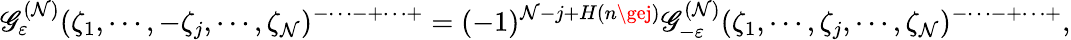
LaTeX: \mathscr{G}_{\varepsilon}^{(\mathcal{N})}(\zeta_{1},\cdots,-\zeta_{j},\cdots,\zeta_{\mathcal{N}})^{-\cdots-+\cdots+}=(-1)^{\mathcal{N}-j+H(n\gej)}\mathscr{G}_{-\varepsilon}^{(\mathcal{N})}(\zeta_{1},\cdots,\zeta_{j},\cdots,\zeta_{\mathcal{N}})^{-\cdots-+\cdots+},